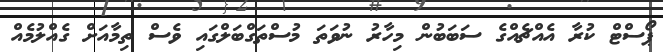
ޕޯސްޓް ކުރާ އެއްޗެއްގެ ސަބަބުން މިހާރު ނުވަތަ މުސްތަގްބަލްގައި ވެސް ތިމާއަށް ގެއްލުމެއް